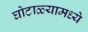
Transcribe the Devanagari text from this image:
घोटाळ्यामध्ये